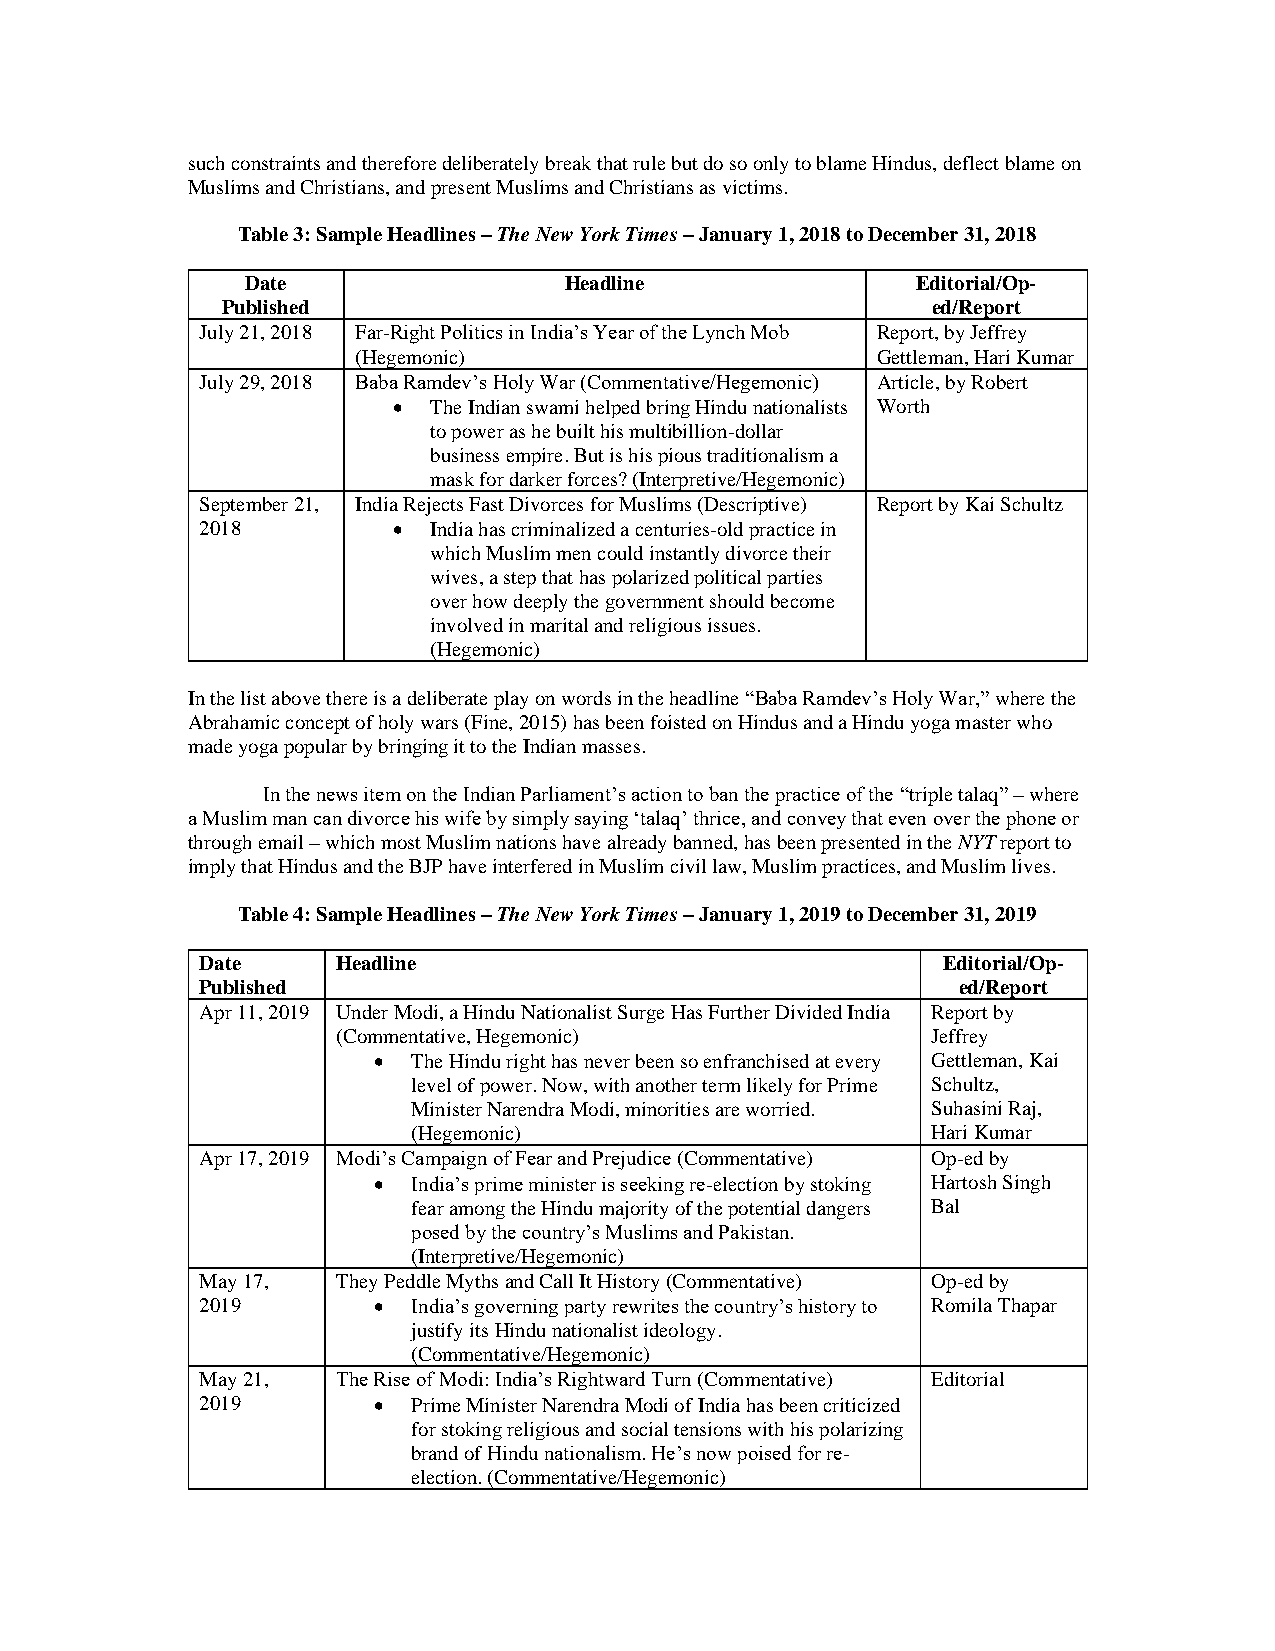
such constraints and therefore deliberately break that rule but do so only to blame Hindus, deflect blame on
 Muslims and Christians, and present Muslims and Christians as victims.
 Table 3: Sample Headlines – The New York Times – January 1, 2018 to December 31, 2018
 Date                 Headline                Editorial/Op-
 Published                                      ed/Report
 July 21, 2018 Far-Right Politics in India’s Year of the Lynch Mob Report, by Jeffrey
 (Hegemo nic)                      Gettleman, Hari Kumar
 July 29, 2018 Baba Ramdev’s Holy War (Commentative/Hegemonic) Article, by Robert
 • The Indian swami helped bring Hindu nationalists Worth
 to power as he built his multibillion-dollar
 business empire. But is his pious traditionalism a
 mask for darker forces? (Interpretive/Hegemonic)
 September 21, India Rejects Fast Divorces for Muslims (Descriptive) Report by Kai Schultz
 2018         • India has criminalized a centuries-old practice in
 which Muslim men could instantly divorce their
 wives, a step that has polarized political parties
 over how deeply the government should become
 involved in marital and religious issues.
 (Hegemonic)
 In the list above there is a deliberate play on words in the headline “Baba Ramdev’s Holy War,” where the
 Abrahamic concept of holy wars (Fine, 2015) has been foisted on Hindus and a Hindu yoga master who
 made yoga popular by bringing it to the Indian masses.
 In the news item on the Indian Parliament’s action to ban the practice of the “triple talaq” – where
 a Muslim man can divorce his wife by simply saying ‘talaq’ thrice, and convey that even over the phone or
 through email – which most Muslim nations have already banned, has been presented in the NYT report to
 imply that Hindus and the BJP have interfered in Muslim civil law, Muslim practices, and Muslim lives.
 Table 4: Sample Headlines – The New York Times – January 1, 2019 to December 31, 2019
 Date     Headline                                Editorial/Op-
 Published                                          ed/Report
 Apr 11, 2019 Under Modi, a Hindu Nationalist Surge Has Further Divided India Report by
 (Commentative, Hegemonic)               Jeffrey
 • The Hindu right has never been so enfranchised at every Gettleman, Kai
 level of power. Now, with another term likely for Prime Schultz,
 Minister Narendra Modi, minorities are worried. Suhasini Raj,
 (Hegemonic)                        Hari Kumar
 Apr 17, 2019 Modi’s Campaign of Fear and Prejudice (Commentative) Op-ed by
 • India’s prime minister is seeking re-election by stoking Hartosh Singh
 fear among the Hindu majority of the potential dangers Bal
 posed by the country’s Muslims and Pakistan.
 (Interpretive/Hegemonic)
 May 17,  They Peddle Myths and Call It History (Commentative) Op-ed by
 2019        • India’s governing party rewrites the country’s history to Romila Thapar
 justify its Hindu nationalist ideology.
 (Commentative/Hegemonic)
 May 21,  The Rise of Modi: India’s Rightward Turn (Commentative) Editorial
 2019        • Prime Minister Narendra Modi of India has been criticized
 for stoking religious and social tensions with his polarizing
 brand of Hindu nationalism. He’s now poised for re-
 election. (Commentative/Hegemonic)